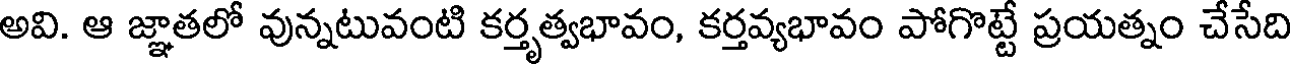
అవి. ఆ జ్ఞాతలో వున్నటువంటి కర్తృత్వభావం, కర్తవ్యభావం పోగొట్టే ప్రయత్నం చేసేది